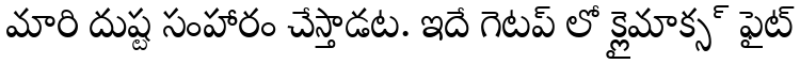
మారి దుష్ట సంహారం చేస్తాడట. ఇదే గెటప్ లో క్లైమాక్స్ ఫైట్